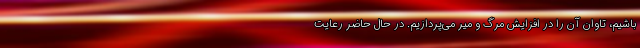
باشیم، تاوان آن را در افزایش مرگ و میر می‌پردازیم. در حال حاضر رعایت